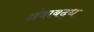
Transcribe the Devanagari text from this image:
छंदाबद्ध